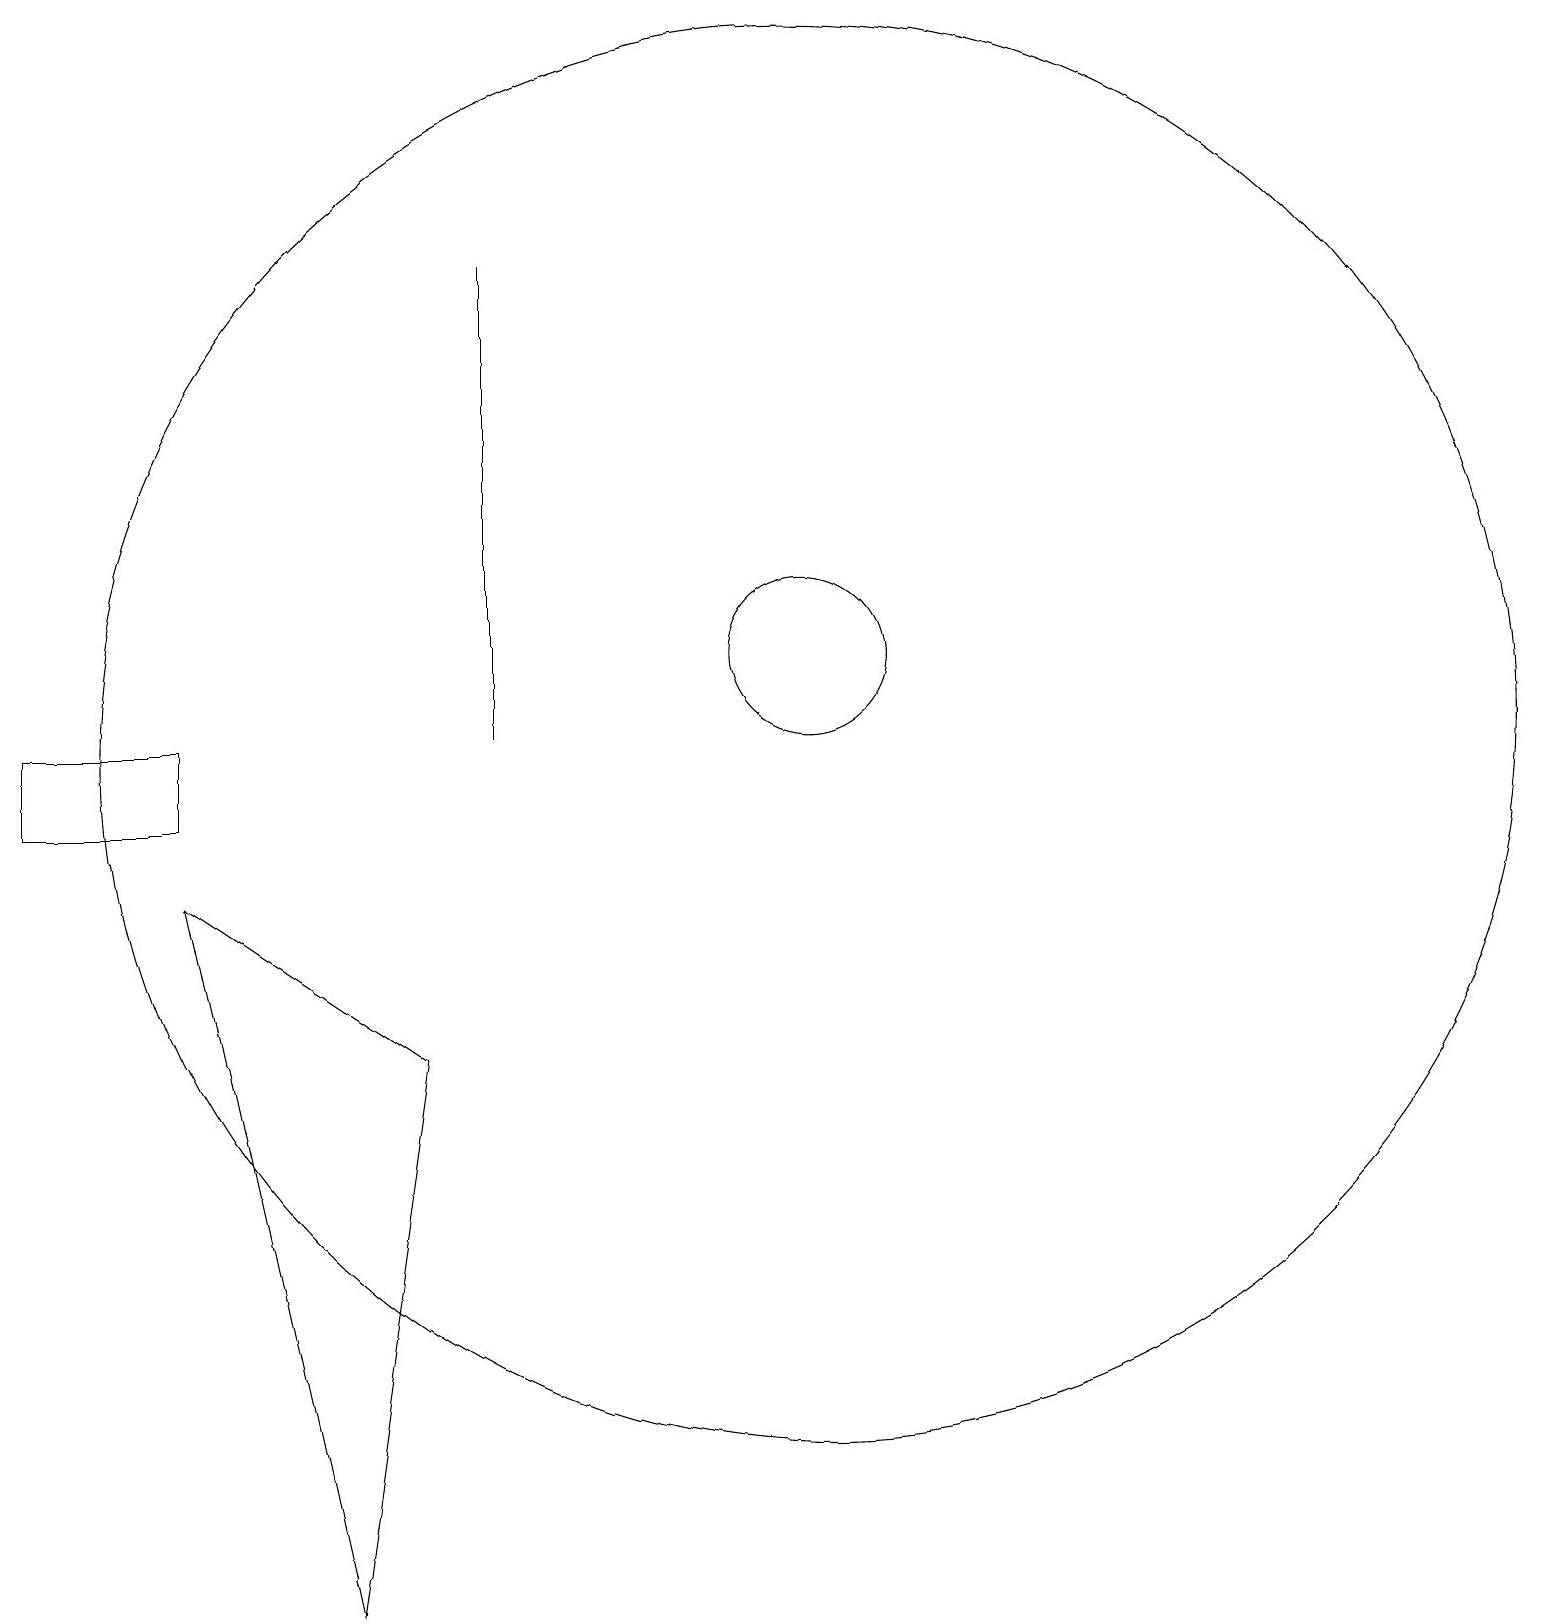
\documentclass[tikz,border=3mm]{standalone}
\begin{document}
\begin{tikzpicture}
\draw (11,12) circle (1);
\draw (11,11) circle (9);
\draw (3,9) -- (5,0) -- (6,7) -- cycle;
\draw (7,17) rectangle (7,11);
\draw (3,11) rectangle (1,10);
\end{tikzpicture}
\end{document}